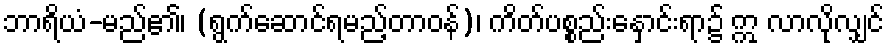
ဘာရိယံ-မည်၏၊ (ရွက်ဆောင်ရမည့်တာဝန်)၊ ကိတ်ပစ္စည်းနှောင်းရာ၌ ဣ လာလိုလျှင်